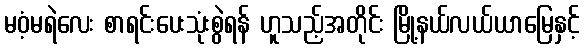
မဝံ့မရဲလေး စာရင်းပေးသုံးစွဲရန် ဟူသည့်အတိုင်း မြို့နယ်လယ်ယာမြေနှင့်